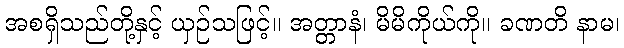
အစရှိသည်တို့နှင့် ယှဉ်သဖြင့်။ အတ္တာနံ၊ မိမိကိုယ်ကို။ ခဏတိ နာမ၊